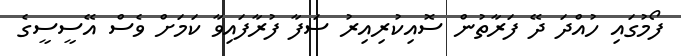
ފޯމުގައި ހުއްދަ ދޭ ފަރާތުން ސޮއިކުރިއިރު ސަފާ ފުރާފައިވާ ކަމަށް ވެސް އޭސީސީގެ